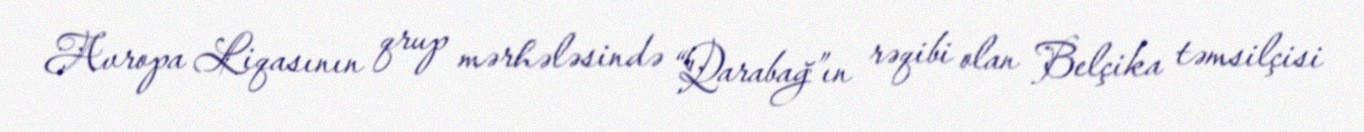
Avropa Liqasının qrup mərhələsində “Qarabağ”ın rəqibi olan Belçika təmsilçisi